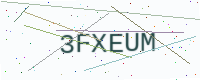
Text: 3FXEUM